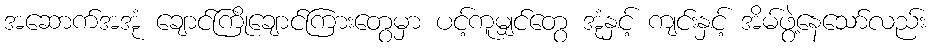
အဆောက်အအုံ ချောင်ကြိုချောင်ကြားတွေမှာ ပင့်ကူမျှင်တွေ အုံနှင့် ကျင်းနှင့် အိမ်ဖွဲ့နေသော်လည်း